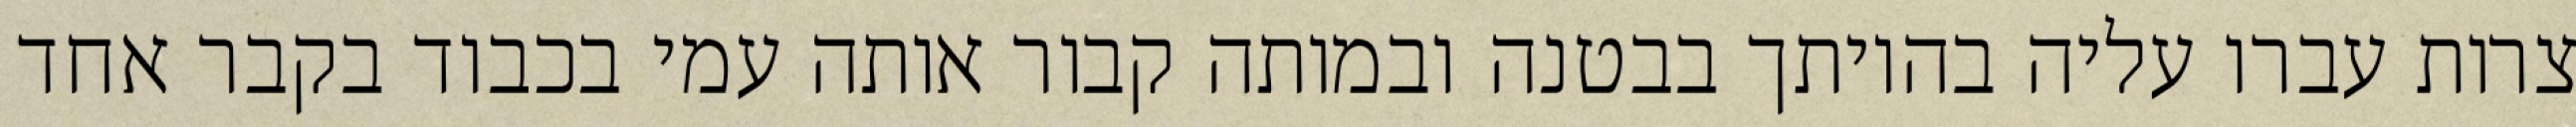
צרות עברו עליה בהיותך בבטנה ובמותה קבור אותה עמי בכבוד בקבר אחד